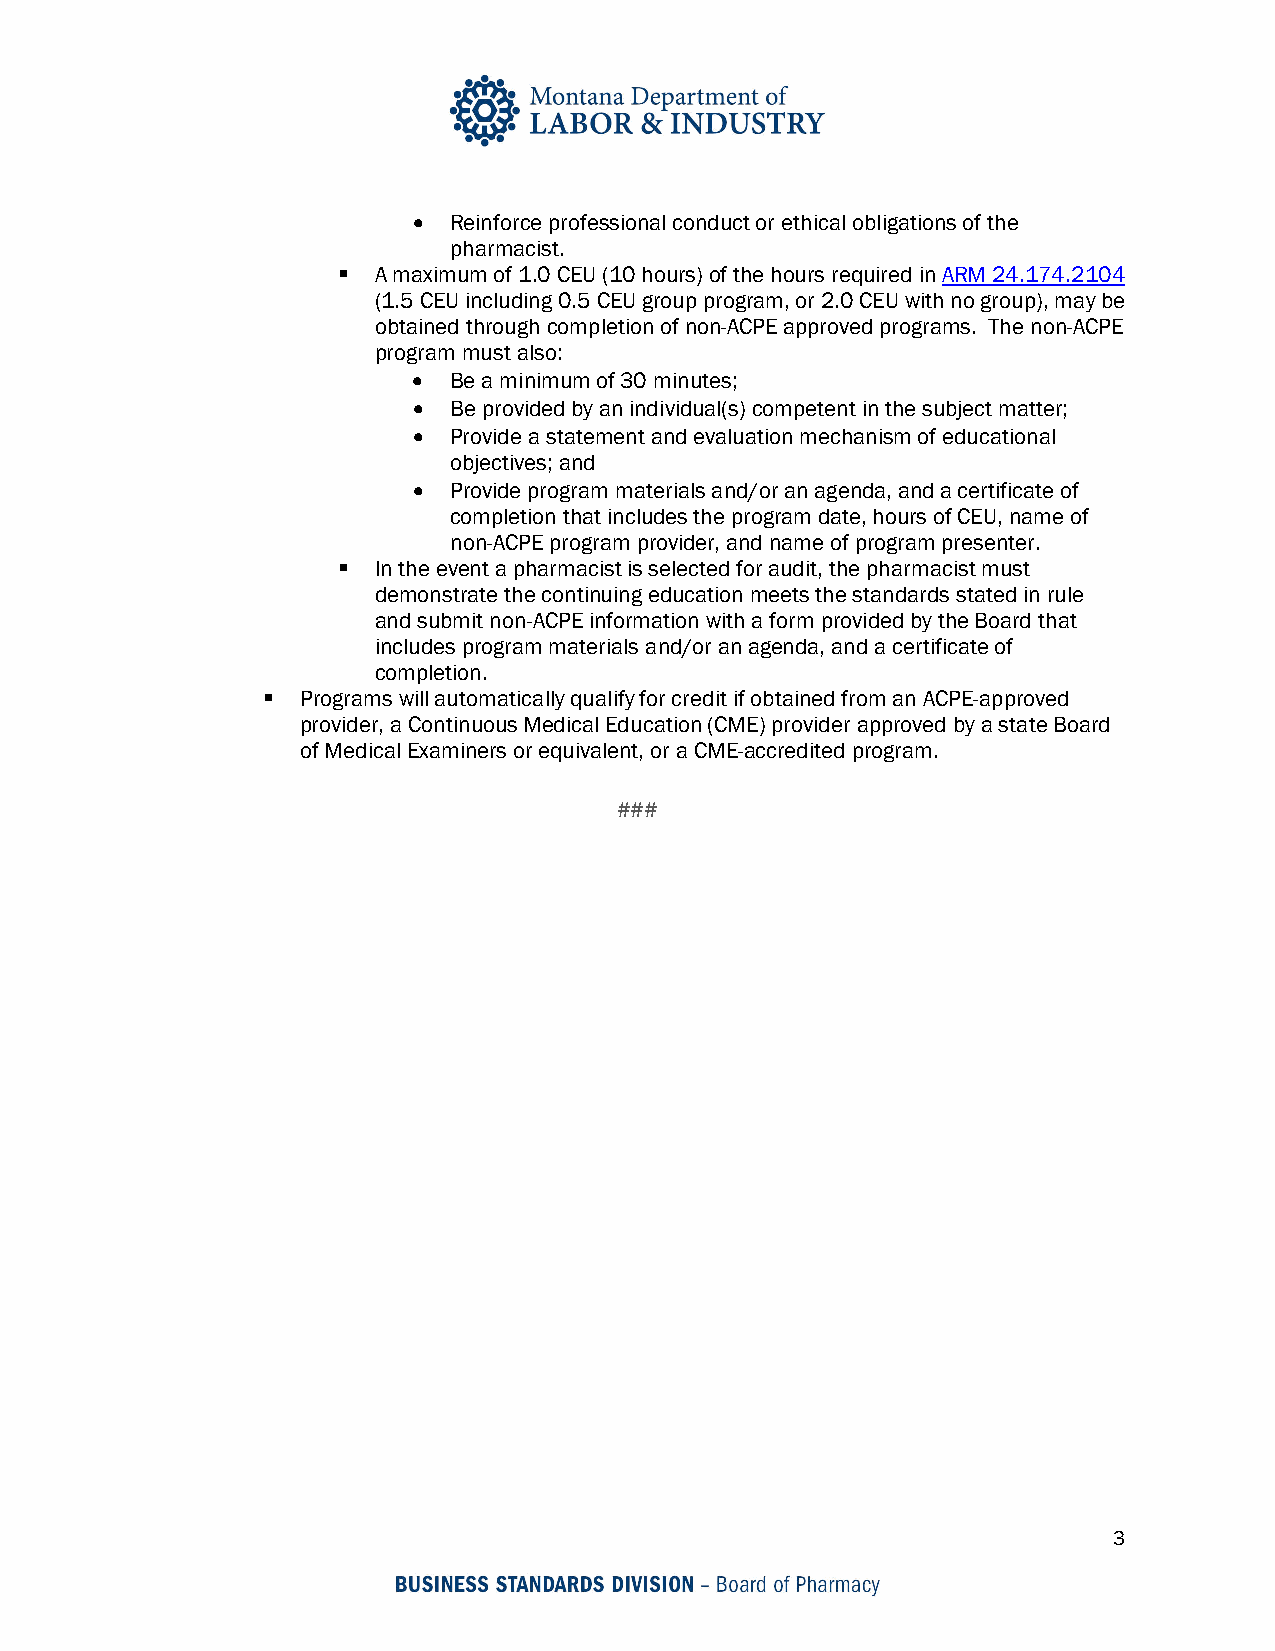
•  Reinforce professional conduct or ethical obligations of the
 pharmacist.
   A maximum of 1.0 CEU (10 hours) of the hours required in ARM 24.174.2104
 (1.5 CEU including 0.5 CEU group program, or 2.0 CEU with no group), may be
 obtained through completion of non-ACPE approved programs. The non-ACPE
 program must also:
 •  Be a minimum of 30 minutes;
 •  Be provided by an individual(s) competent in the subject matter;
 •  Provide a statement and evaluation mechanism of educational
 objectives; and
 •  Provide program materials and/or an agenda, and a certificate of
 completion that includes the program date, hours of CEU, name of
 non-ACPE program provider, and name of program presenter.
   In the event a pharmacist is selected for audit, the pharmacist must
 demonstrate the continuing education meets the standards stated in rule
 and submit non-ACPE information with a form provided by the Board that
 includes program materials and/or an agenda, and a certificate of
 completion.
   Programs will automatically qualify for credit if obtained from an ACPE-approved
 provider, a Continuous Medical Education (CME) provider approved by a state Board
 of Medical Examiners or equivalent, or a CME-accredited program.
 ###
 3